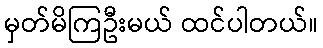
မှတ်မိကြဦးမယ် ထင်ပါတယ်။